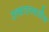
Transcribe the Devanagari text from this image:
उत्पादनवाढीस